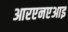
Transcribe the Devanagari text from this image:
आरएनएआइ